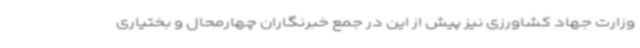
وزارت جهاد کشاورزی نیز پیش از این در جمع خبرنگاران چهارمحال و بختیاری